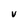
Character: V